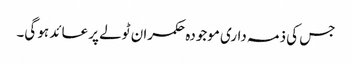
جس کی ذمہ داری موجودہ حکمران ٹولے پر عائد ہو گی۔